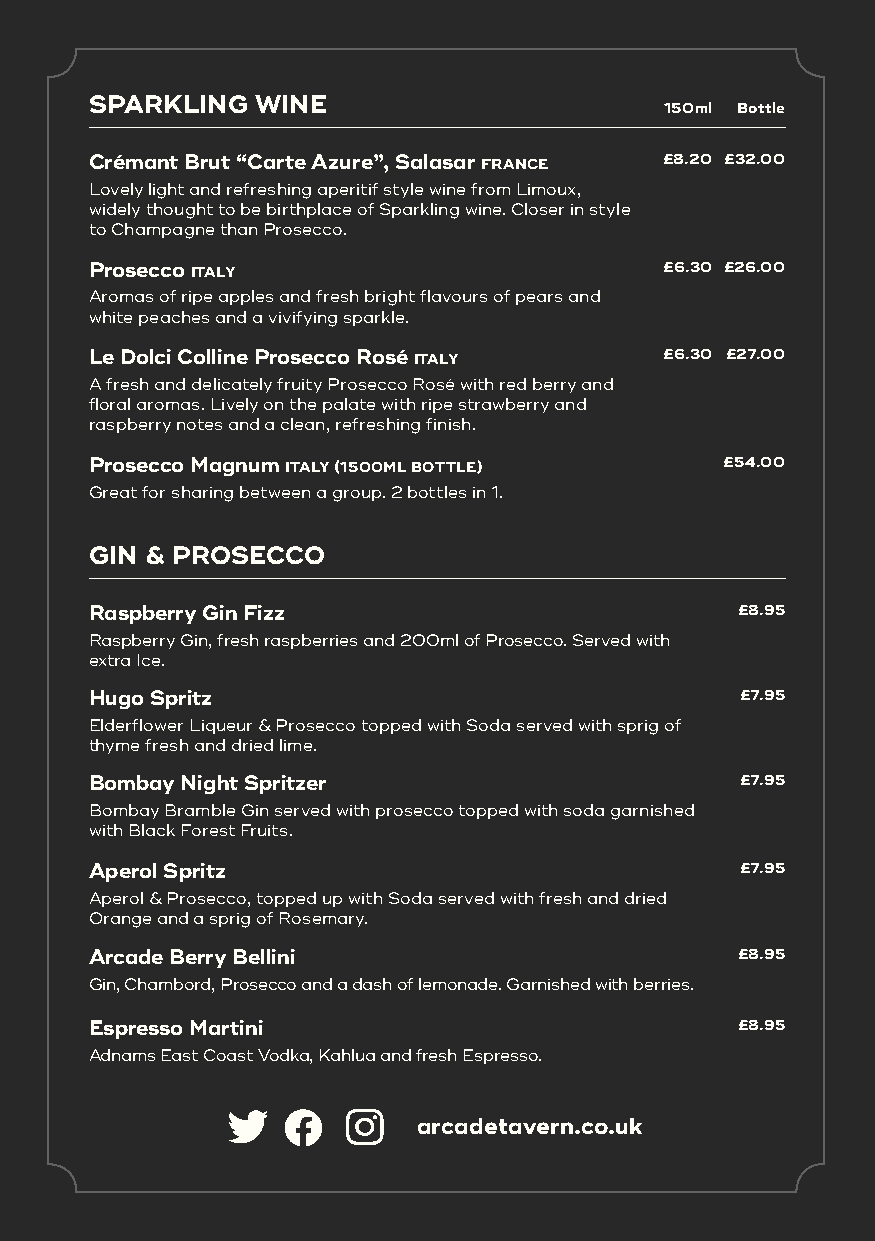
SPARKLING  WINE
 150ml Bottle
 Crémant Brut “Carte Azure”, Salasar FRANCE £8.20 £32.00
 Lovely light and refreshing aperitif style wine from Limoux,
 widely thought to be birthplace of Sparkling wine. Closer in style
 to Champagne than Prosecco.
 Prosecco ITALY                        £6.30 £26.00
 Aromas of ripe apples and fresh bright flavours of pears and
 white peaches and a vivifying sparkle.
 Le Dolci Colline Prosecco Rosé ITALY  £6.30 £27.00
 A fresh and delicately fruity Prosecco Rosé with red berry and
 floral aromas. Lively on the palate with ripe strawberry and
 raspberry notes and a clean, refreshing finish.
 Prosecco Magnum ITALY (1500ML BOTTLE)     £54.00
 Great for sharing between a group. 2 bottles in 1.
 GIN & PROSECCO
 Raspberry Gin Fizz                         £8.95
 Raspberry Gin, fresh raspberries and 200ml of Prosecco. Served with
 extra Ice.
 Hugo Spritz                                £7.95
 Elderflower Liqueur & Prosecco topped with Soda served with sprig of
 thyme fresh and dried lime.
 Bombay Night Spritzer                      £7.95
 Bombay Bramble Gin served with prosecco topped with soda garnished
 with Black Forest Fruits.
 Aperol Spritz                              £7.95
 Aperol & Prosecco, topped up with Soda served with fresh and dried
 Orange and a sprig of Rosemary.
 Arcade Berry Bellini                       £8.95
 Gin, Chambord, Prosecco and a dash of lemonade. Garnished with berries.
 Espresso Martini                           £8.95
 Adnams East Coast Vodka, Kahlua and fresh Espresso.
 arcadetavern.co.uk